Scottish Leaving Certificate Examination, 1960
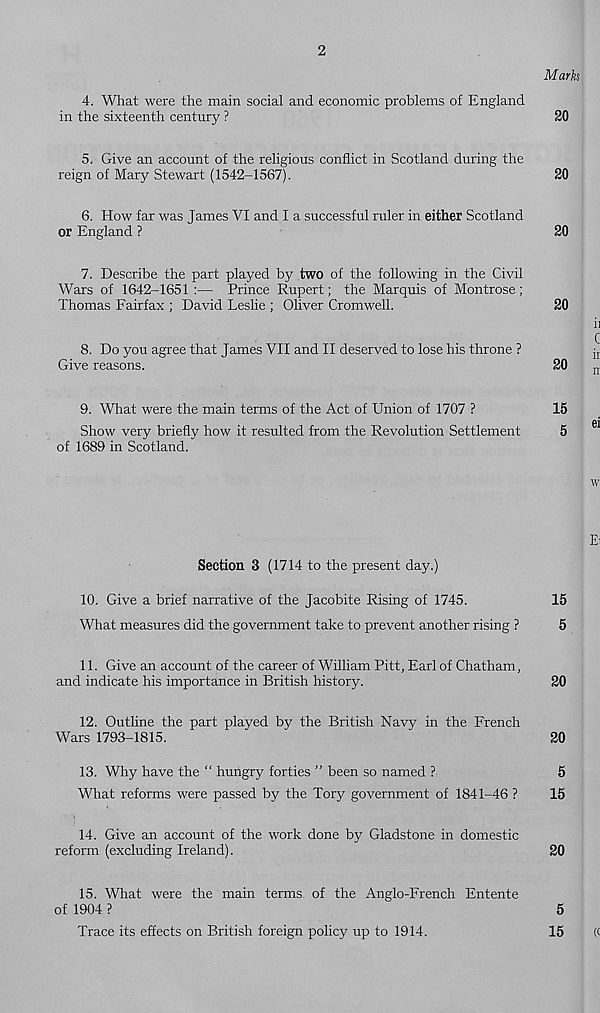
2
Marks
4. What were the main social and economic problems of England
in the sixteenth century ?
20
5. Give an account of the religious conflict in Scotland during the
reign of Mary Stewart (1542-1567).
20
6. How far was James VI and I a successful ruler in either Scotland
or England ?
20
7. Describe the part played by two of the following in the Civil
Wars of 1642-1651 :— Prince Rupert; the Marquis of Montrose ;
Thomas Fairfax ; David Leslie ; Oliver Cromwell.
20
' ii
C
8. Do you agree that James VII and II deserved to lose his throne ?
j r
Give reasons.
20
„
9.
What were the main terms of the Act of Union o
e i
Show very briefly how it resulted from the Revolution Settlement
5
of 1689 in Scotland.
i w
Ei
Section 3 (1714 to the present day.)
10. Give a brief narrative of the Jacobite Rising of 1745.
15
What measures did the government take to prevent another rising ?
5
11. Give an account of the career of William Pitt, Earl of Chatham,
and indicate his importance in British history.
20
12. Outline the part played by the British Navy in the French
Wars 1793-1815.
20
13. Why have the “ hungry forties ” been so named ?
5
What reforms were passed by the Tory government of 1841-46 ?
15
14. Give an account of the work done by Gladstone in domestic
reform (excluding Ireland).
20
15. What were the main terms of the Anglo-French Entente
of 1904 ?
5
Trace its effects on British foreign policy up to 1914.
15
(c